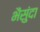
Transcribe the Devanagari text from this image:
भैसुंदा